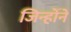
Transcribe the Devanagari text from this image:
जिन्होँने